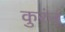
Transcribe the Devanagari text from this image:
कुरुंब